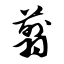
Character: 翦